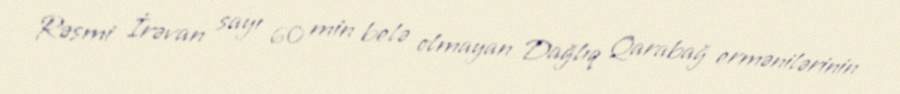
Rəsmi İrəvan sayı 60 min belə olmayan Dağlıq Qarabağ ermənilərinin